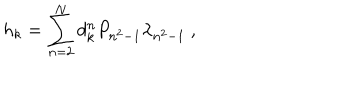
LaTeX: { h } _ { k } = \sum _ { n = 2 } ^ { N } d _ { k } ^ { n } P _ { n ^ { 2 } - 1 } \lambda _ { n ^ { 2 } - 1 } \ ,